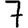
Digit: 7